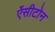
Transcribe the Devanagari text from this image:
ऐंसीटोन